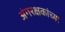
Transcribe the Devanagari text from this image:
अंगरक्षकांच्या